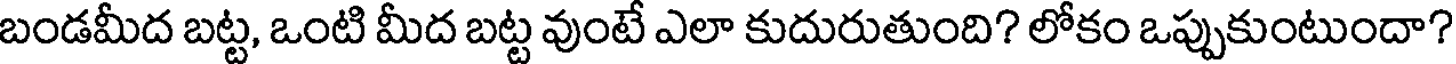
బండమీద బట్ట, ఒంటి మీద బట్ట వుంటే ఎలా కుదురుతుంది? లోకం ఒప్పుకుంటుందా?